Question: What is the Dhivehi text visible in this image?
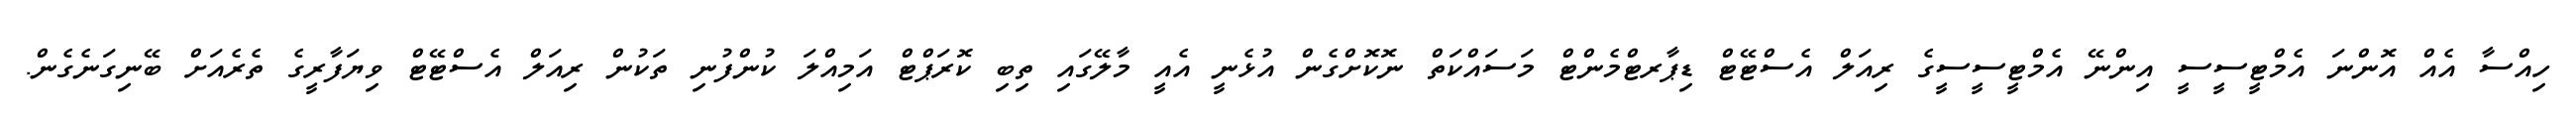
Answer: ހިއްސާ އެއް އޮންނަ އެމްޓީސީސީ އިންނޭ އެމްޓީސީސީގެ ރިއަލް އެސްޓޭޓް ޑިޕާރޓްމެންޓް މަސައްކަތް ނޮކޮށްގެން އުޅެނީ އެއީ މާލޭގައި ތިބި ކޮރަޕްޓް އަމިއްލަ ކުންފުނި ތަކުން ރިއަލް އެސްޓޭޓް ވިޔަފާރީގެ ތެރެއަށް ބޭނިގަނެގެން.